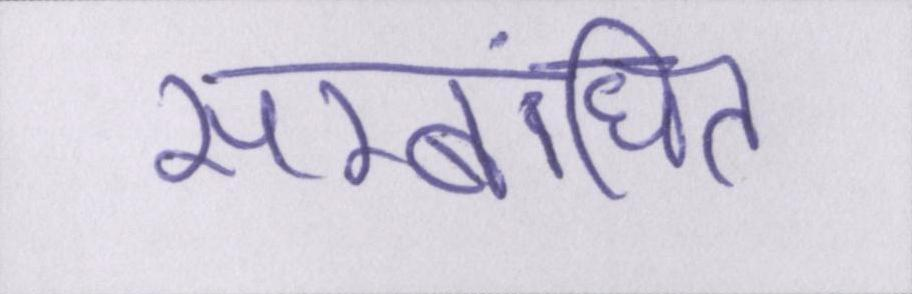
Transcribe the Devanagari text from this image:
सम्बंधित